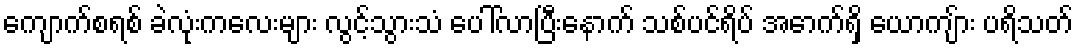
ကျောက်စရစ် ခဲလုံးကလေးများ လွင့်သွားသံ ပေါ်လာပြီးနောက် သစ်ပင်ရိပ် အောက်ရှိ ယောကျ်ား ပရိသတ်